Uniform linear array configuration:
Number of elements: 32
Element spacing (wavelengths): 0.25
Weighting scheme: binomial
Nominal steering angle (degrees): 45
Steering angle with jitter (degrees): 43.001
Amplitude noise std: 0.05
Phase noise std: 0.05

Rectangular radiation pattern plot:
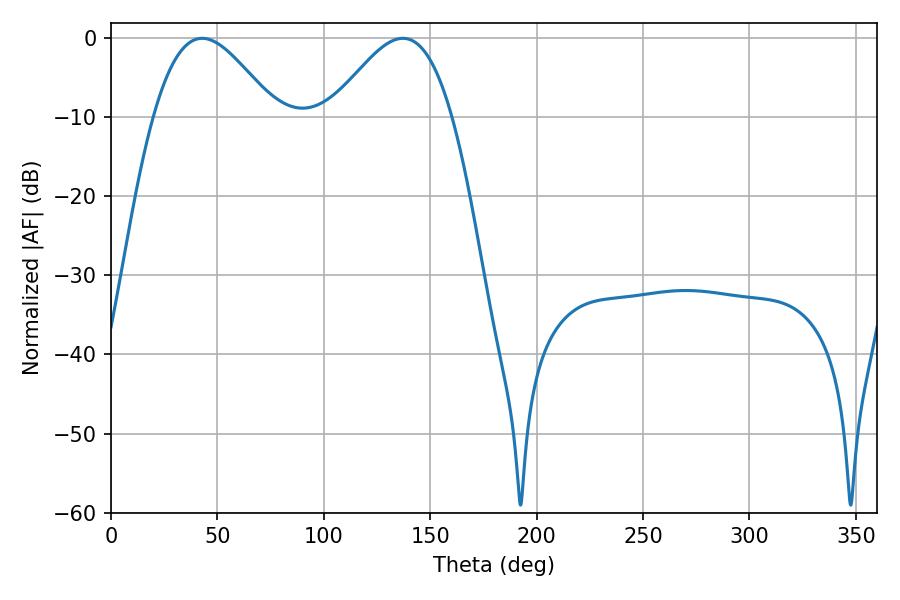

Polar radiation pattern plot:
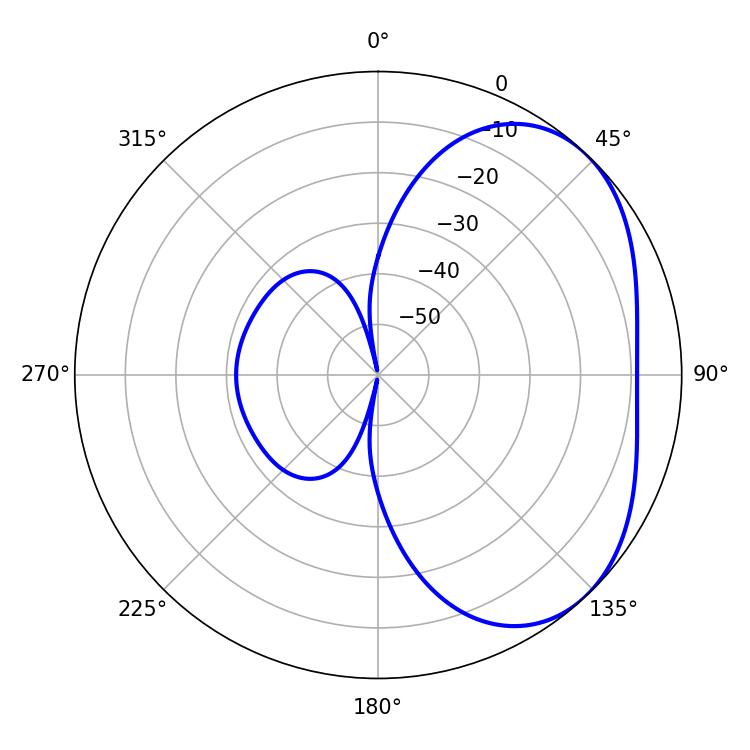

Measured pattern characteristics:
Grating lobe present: FALSE
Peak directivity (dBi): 3.616
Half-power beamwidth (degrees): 30.6
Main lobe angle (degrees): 42.84